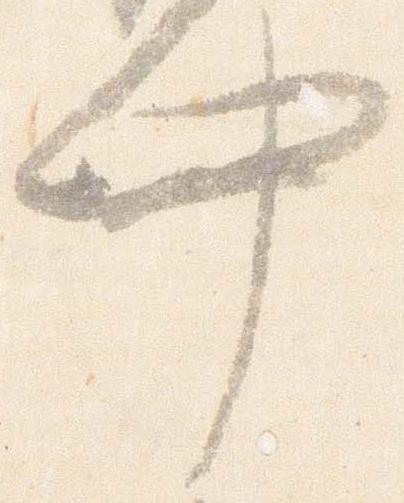
中